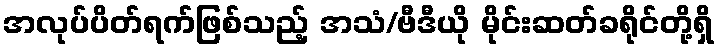
အလုပ်ပိတ်ရက်ဖြစ်သည့် အသံ/ဗီဒီယို မိုင်းဆတ်ခရိုင်တို့ရှိ